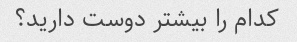
کدام را بیشتر دوست دارید؟